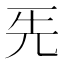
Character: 𠀡